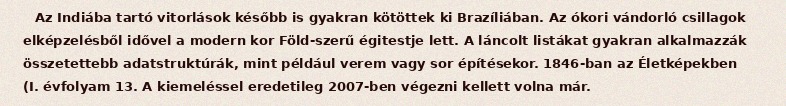
Az Indiába tartó vitorlások később is gyakran kötöttek ki Brazíliában. Az ókori vándorló csillagok elképzelésből idővel a modern kor Föld-szerű égitestje lett. A láncolt listákat gyakran alkalmazzák összetettebb adatstruktúrák, mint például verem vagy sor építésekor. 1846-ban az Életképekben (I. évfolyam 13. A kiemeléssel eredetileg 2007-ben végezni kellett volna már.